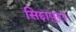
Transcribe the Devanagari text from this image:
सिद्दापुरा